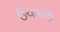
ઉચવાણ